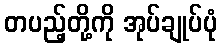
တပည့်တို့ကို အုပ်ချုပ်ပုံ